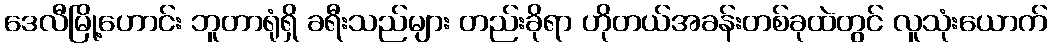
ဒေလီမြို့ဟောင်း ဘူတာရုံရှိ ခရီးသည်များ တည်းခိုရာ ဟိုတယ်အခန်းတစ်ခုထဲတွင် လူသုံးယောက်